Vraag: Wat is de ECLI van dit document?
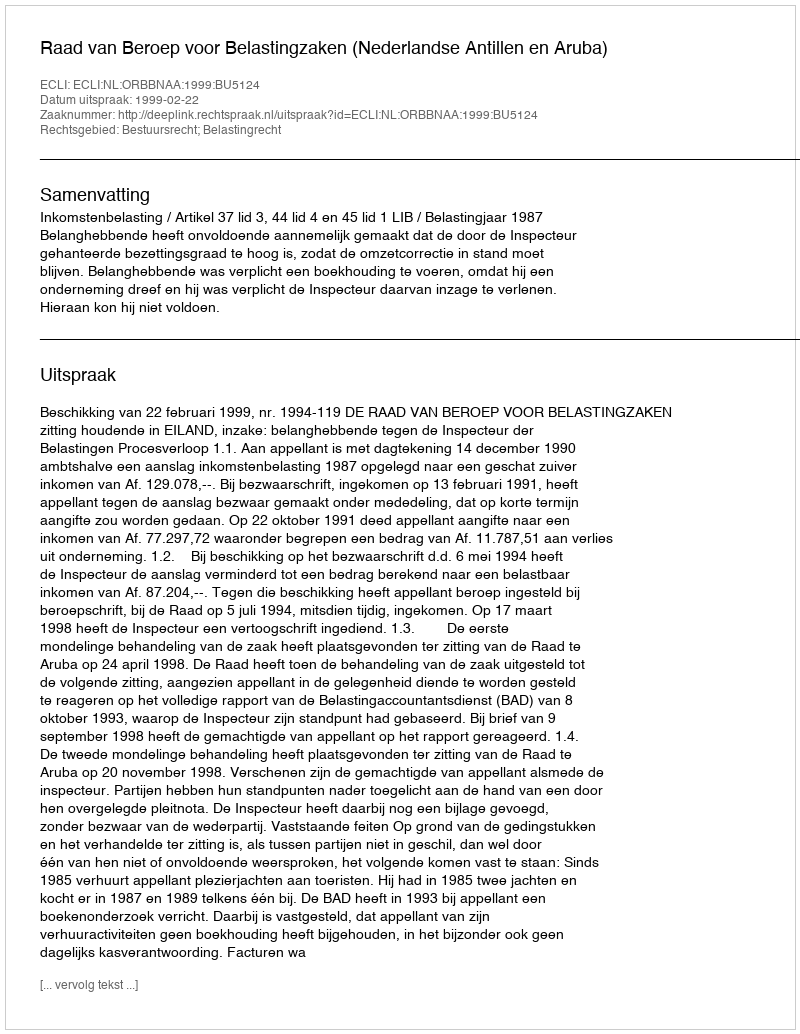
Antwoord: ECLI:NL:ORBBNAA:1999:BU5124